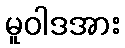
မူဝါဒအား